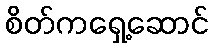
စိတ်ကရှေ့ဆောင်